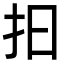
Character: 抇